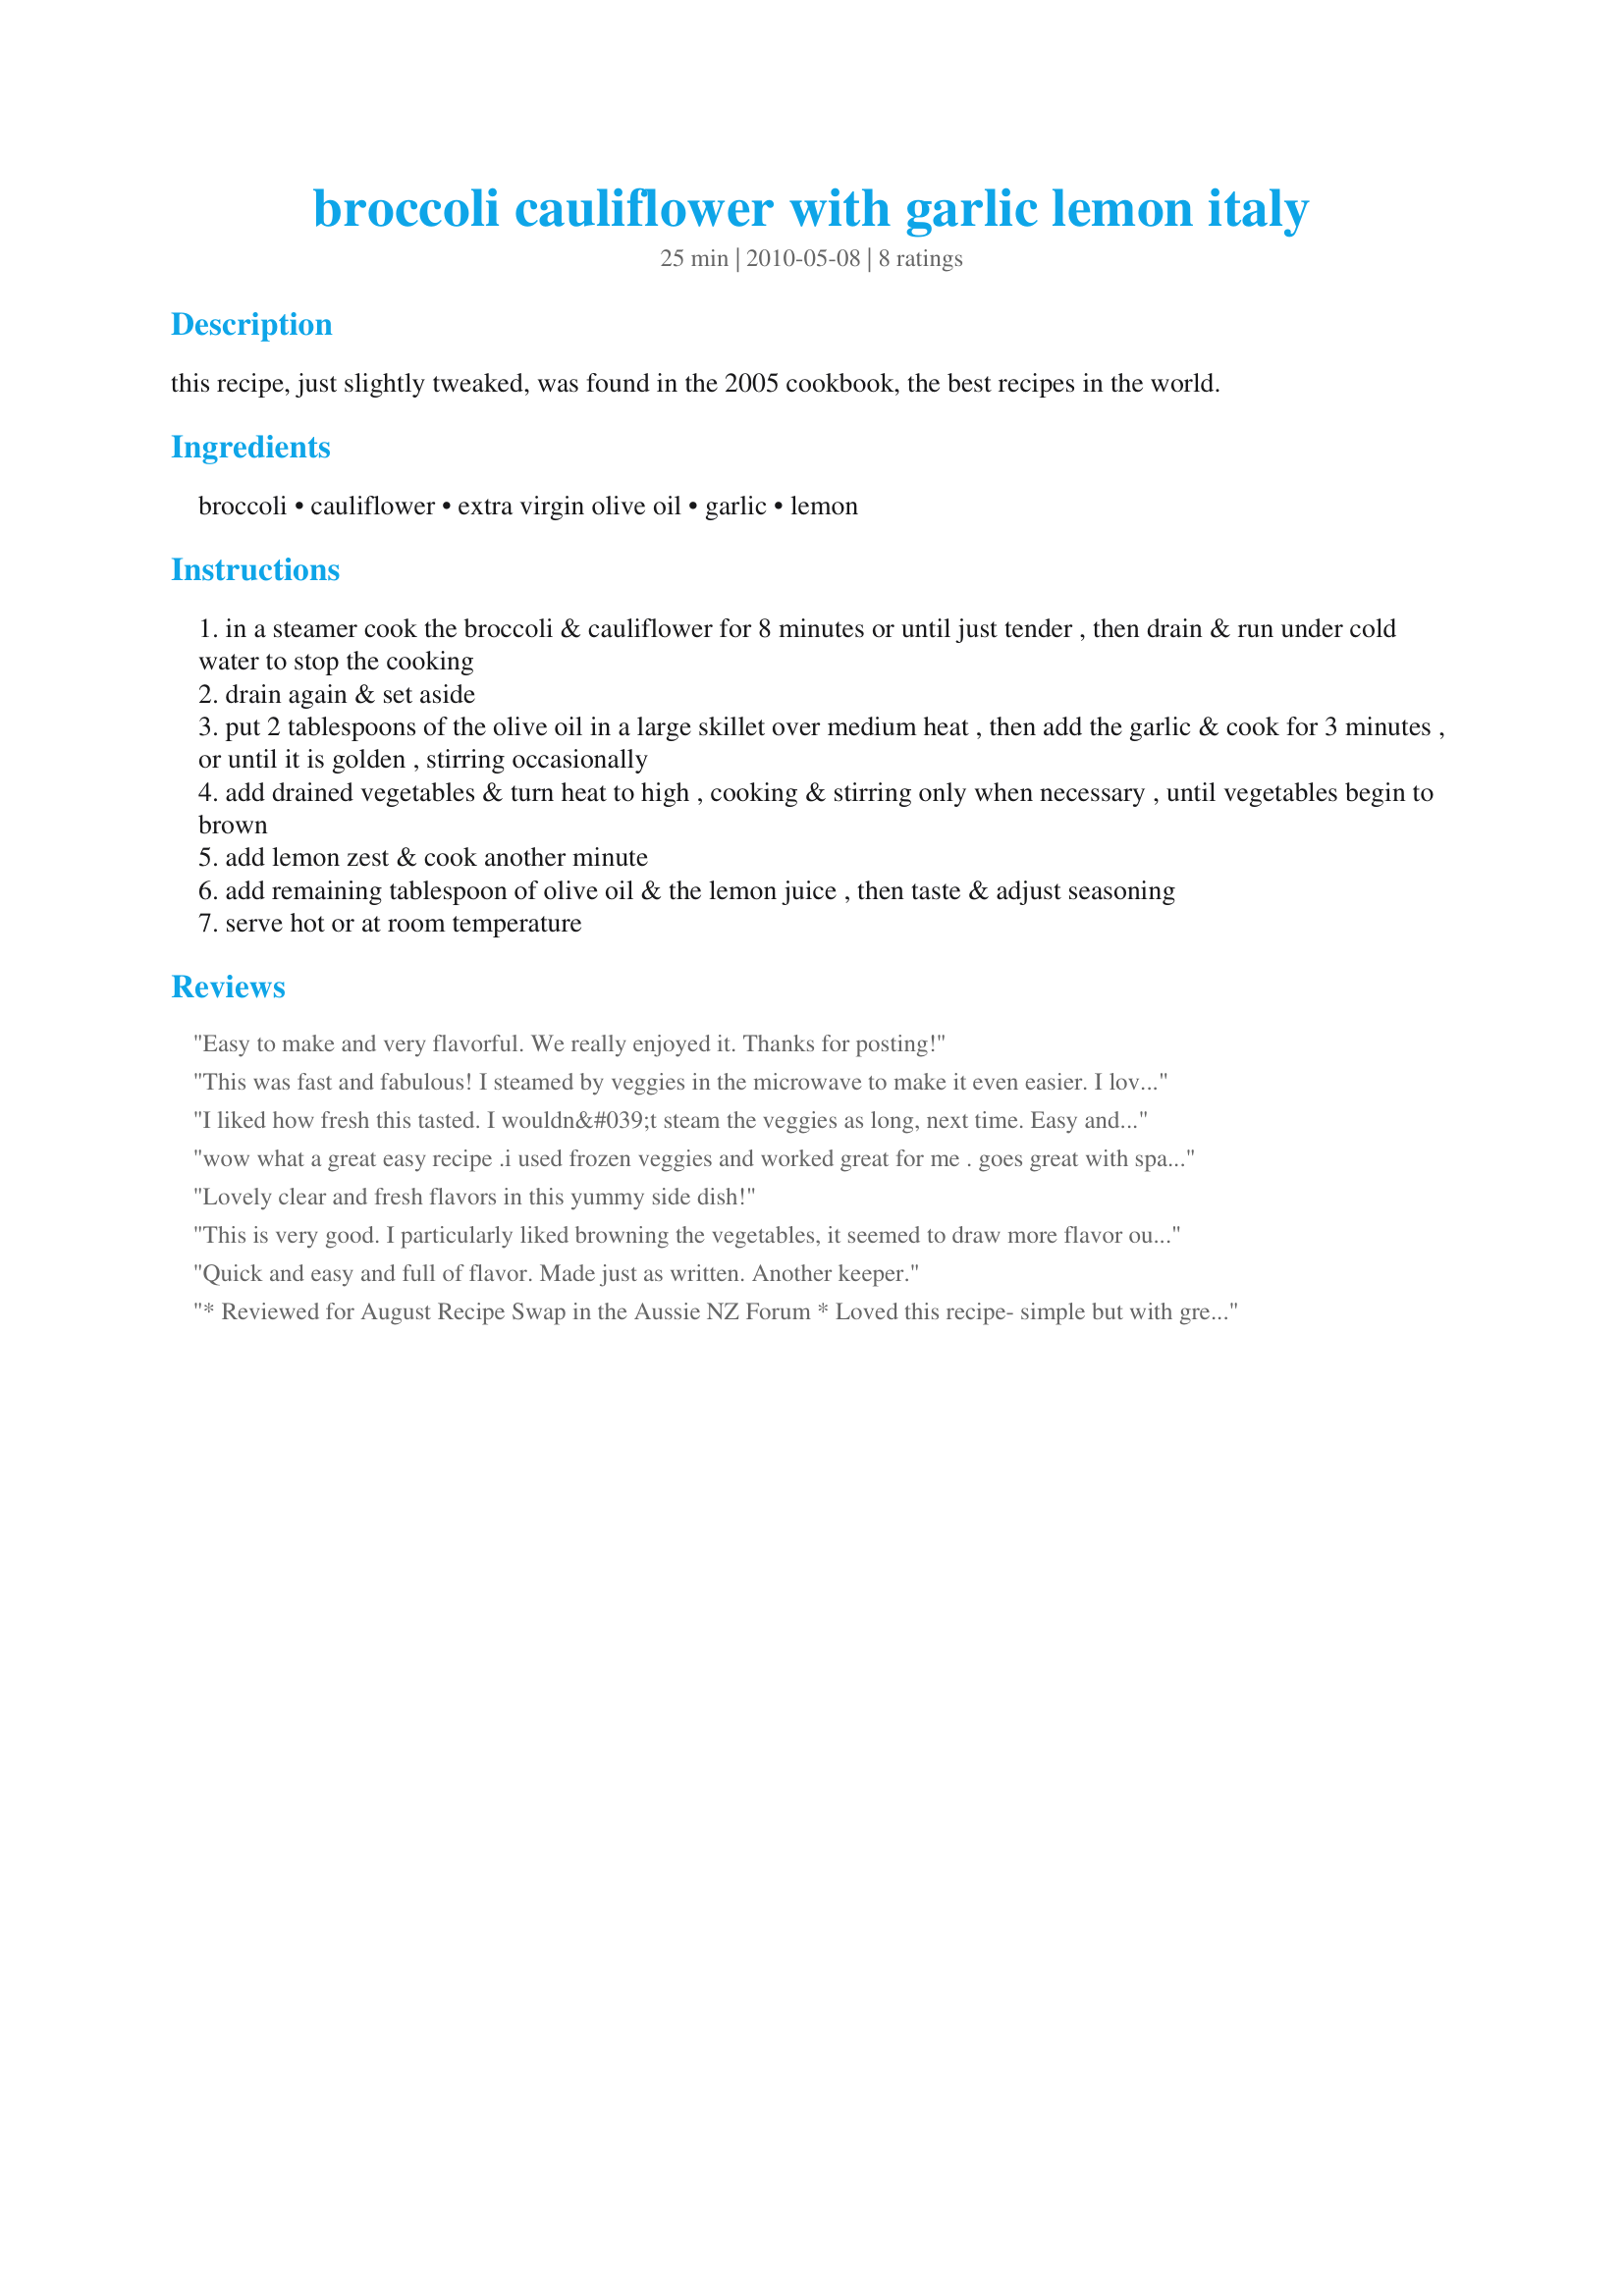
broccoli cauliflower with garlic lemon italy
Preparation time: 25 minutes

this recipe, just slightly tweaked, was found in the 2005 cookbook, the best recipes in the world.

Ingredients:
broccoli, cauliflower, extra virgin olive oil, garlic, lemon

Steps:
in a steamer cook the broccoli & cauliflower for 8 minutes or until just tender , then drain & run under cold water to stop the cooking
drain again & set aside
put 2 tablespoons of the olive oil in a large skillet over medium heat , then add the garlic & cook for 3 minutes , or until it is golden , stirring occasionally
add drained vegetables & turn heat to high , cooking & stirring only when necessary , until vegetables begin to brown
add lemon zest & cook another minute
add remaining tablespoon of olive oil & the lemon juice , then taste & adjust seasoning
serve hot or at room temperature

Reviews:
Easy to make and very flavorful. We really enjoyed it. Thanks for posting!
This was fast and fabulous! I steamed by veggies in the microwave to make it even easier. I love lemon, which went really well with the garlic. I served this as a side dish with my Recipe #440547, which it complemented nicely. I will be making this often. Made for Zaar Chef Alphabet Soup Tag Game.
I liked how fresh this tasted. I wouldn&#039;t steam the veggies as long, next time. Easy and tasty. Thanks for posting the recipe.
wow what a great easy recipe .i used frozen veggies and worked great for me . goes great with spagetti
Lovely clear and fresh flavors in this yummy side dish!
This is very good. I particularly liked browning the vegetables, it seemed to draw more flavor out of the vegetables. Next time I'll start the veggies with just the cauliflower and then add the broccoli after a couple of minutes because I thought my broccoli was overdone. Thanks for sharing! Made for PRMR tag.
Quick and easy and full of flavor. Made just as written. Another keeper.
* Reviewed for August Recipe Swap in the Aussie NZ Forum * Loved this recipe- simple but with great flavour. I steamed the veges using the microwave this morning and then followed the recipe for our evening dinner. THanks SYd...another yummy recipe. Photo also to be posted
